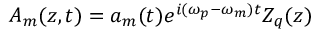
A _ { m } ( z , t ) = a _ { m } ( t ) e ^ { i ( \omega _ { p } - \omega _ { m } ) t } Z _ { q } ( z )